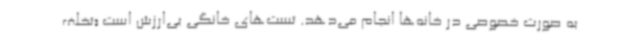
به صورت خصوصی در خانه‌ها انجام می‌دهد. تست‌های خانگی بی‌ارزش است «تخلف